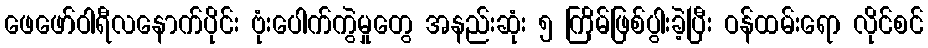
ဖေဖော်ဝါရီလနောက်ပိုင်း ဗုံးပေါက်ကွဲမှုတွေ အနည်းဆုံး ၅ ကြိမ်ဖြစ်ပွါးခဲ့ပြီး ဝန်ထမ်းရော လိုင်စင်